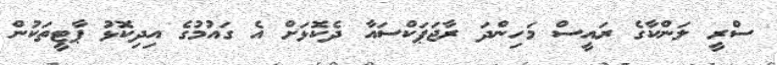
ސްރީ ލަންކާގެ ރައީސް މަހިންދަ ރާޖަޕަކްސައާ ދެކޮޅަށް އެ ގައުމުގެ އިދިކޮޅު ޕާޓީތަކުން